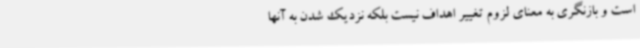
است و بازنگری به معنای لزوم تغییر اهداف نیست بلکه نزدیک شدن به آنها